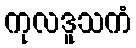
ကုလဒူသကံ